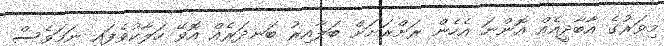
މިވަރުގެ އާބާދީއެއް އޮންނަ އެހެން ރަށްރަށަށް ބަލާއިރު ބަނދަރެއް އޮވޭ ހަލާކުވެފައި ނަމަވެސް